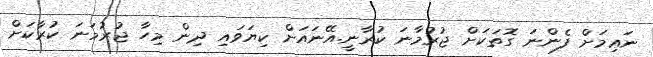
ނަޢިމަށް ފެންނަ ގޮތަކަށް ޖުރުމާނަ ކުރާނީ.އޭނައަށް ކިޔަވައި ދިން މިހާ ޖުރުމަނަ ކުރާކަށް